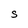
Character: S